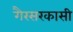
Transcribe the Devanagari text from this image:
गैरसरकासी